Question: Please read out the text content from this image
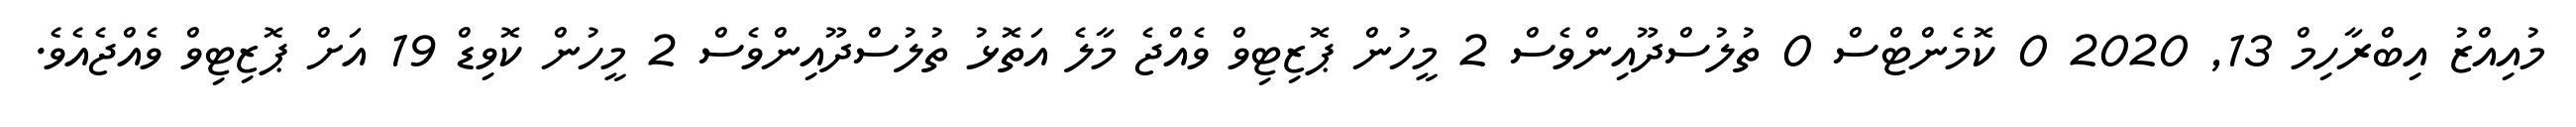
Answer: މުއިއްޒު އިބްރާހިމް 13, 2020 0 ކޮމެންޓްސް 0 ތުލުސްދޫއިންވެސް 2 މީހުން ޕޮޒިޓިވް ވެއްޖެ މާލެ އަތޮޅު ތުލުސްދޫއިންވެސް 2 މީހުން ކޮވިޑް 19 އަށް ޕޮޒިޓިވް ވެއްޖެއެވެ.